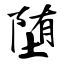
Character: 堕